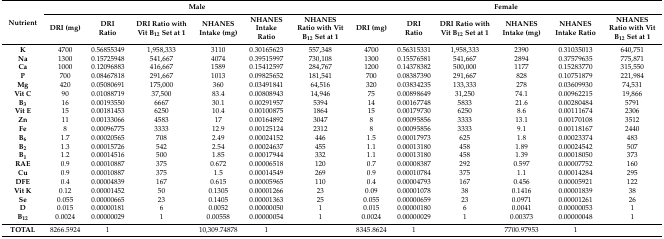
<table><thead><tr><td rowspan="2"><b>Nutrient</b></td><td colspan="6"><b>Male</b></td><td colspan="6"><b>Female</b></td></tr><tr><td><b>DRI (mg)</b></td><td><b>DRI Ratio</b></td><td><b>DRI Ratio with Vit B<sub>12</sub> Set at 1</b></td><td><b>NHANES Intake (mg)</b></td><td><b>NHANES Intake Ratio</b></td><td><b>NHANES Ratio with Vit B<sub>12</sub> Set at 1</b></td><td><b>DRI (mg)</b></td><td><b>DRI Ratio</b></td><td><b>DRI Ratio with Vit B<sub>12</sub> Set at 1</b></td><td><b>NHANES Intake (mg)</b></td><td><b>NHANES Intake Ratio</b></td><td><b>NHANES Ratio with Vit B<sub>12</sub> Set at 1</b></td></tr></thead><tbody><tr><td><b>K</b></td><td>4700</td><td>0.56855349</td><td>1,958,333</td><td>3110</td><td>0.30165623</td><td>557,348</td><td>4700</td><td>0.56315331</td><td>1,958,333</td><td>2390</td><td>0.31035013</td><td>640,751</td></tr><tr><td><b>Na</b></td><td>1300</td><td>0.15725948</td><td>541,667</td><td>4074</td><td>0.39515997</td><td>730,108</td><td>1300</td><td>0.15576581</td><td>541,667</td><td>2894</td><td>0.37579635</td><td>775,871</td></tr><tr><td><b>Ca</b></td><td>1000</td><td>0.12096883</td><td>416,667</td><td>1589</td><td>0.15412597</td><td>284,767</td><td>1200</td><td>0.14378382</td><td>500,000</td><td>1177</td><td>0.15283770</td><td>315,550</td></tr><tr><td><b>P</b></td><td>700</td><td>0.08467818</td><td>291,667</td><td>1013</td><td>0.09825652</td><td>181,541</td><td>700</td><td>0.08387390</td><td>291,667</td><td>828</td><td>0.10751879</td><td>221,984</td></tr><tr><td><b>Mg</b></td><td>420</td><td>0.05080691</td><td>175,000</td><td>360</td><td>0.03491841</td><td>64,516</td><td>320</td><td>0.03834235</td><td>133,333</td><td>278</td><td>0.03609930</td><td>74,531</td></tr><tr><td><b>Vit C</b></td><td>90</td><td>0.01088719</td><td>37,500</td><td>83.4</td><td>0.00808943</td><td>14,946</td><td>75</td><td>0.00898649</td><td>31,250</td><td>74.1</td><td>0.00962215</td><td>19,866</td></tr><tr><td><b>B<sub>3</sub></b></td><td>16</td><td>0.00193550</td><td>6667</td><td>30.1</td><td>0.00291957</td><td>5394</td><td>14</td><td>0.00167748</td><td>5833</td><td>21.6</td><td>0.00280484</td><td>5791</td></tr><tr><td><b>Vit E</b></td><td>15</td><td>0.00181453</td><td>6250</td><td>10.4</td><td>0.00100875</td><td>1864</td><td>15</td><td>0.00179730</td><td>6250</td><td>8.6</td><td>0.00111674</td><td>2306</td></tr><tr><td><b>Zn</b></td><td>11</td><td>0.00133066</td><td>4583</td><td>17</td><td>0.00164892</td><td>3047</td><td>8</td><td>0.00095856</td><td>3333</td><td>13.1</td><td>0.00170108</td><td>3512</td></tr><tr><td><b>Fe</b></td><td>8</td><td>0.00096775</td><td>3333</td><td>12.9</td><td>0.00125124</td><td>2312</td><td>8</td><td>0.00095856</td><td>3333</td><td>9.1</td><td>0.00118167</td><td>2440</td></tr><tr><td><b>B<sub>6</sub></b></td><td>1.7</td><td>0.00020565</td><td>708</td><td>2.49</td><td>0.00024152</td><td>446</td><td>1.5</td><td>0.00017973</td><td>625</td><td>1.8</td><td>0.00023374</td><td>483</td></tr><tr><td><b>B<sub>2</sub></b></td><td>1.3</td><td>0.00015726</td><td>542</td><td>2.54</td><td>0.00024637</td><td>455</td><td>1.1</td><td>0.00013180</td><td>458</td><td>1.89</td><td>0.00024542</td><td>507</td></tr><tr><td><b>B<sub>1</sub></b></td><td>1.2</td><td>0.00014516</td><td>500</td><td>1.85</td><td>0.00017944</td><td>332</td><td>1.1</td><td>0.00013180</td><td>458</td><td>1.39</td><td>0.00018050</td><td>373</td></tr><tr><td><b>RAE</b></td><td>0.9</td><td>0.00010887</td><td>375</td><td>0.672</td><td>0.00006518</td><td>120</td><td>0.7</td><td>0.00008387</td><td>292</td><td>0.597</td><td>0.00007752</td><td>160</td></tr><tr><td><b>Cu</b></td><td>0.9</td><td>0.00010887</td><td>375</td><td>1.5</td><td>0.00014549</td><td>269</td><td>0.9</td><td>0.00010784</td><td>375</td><td>1.1</td><td>0.00014284</td><td>295</td></tr><tr><td><b>DFE</b></td><td>0.4</td><td>0.00004839</td><td>167</td><td>0.615</td><td>0.00005965</td><td>110</td><td>0.4</td><td>0.00004793</td><td>167</td><td>0.456</td><td>0.00005921</td><td>122</td></tr><tr><td><b>Vit K</b></td><td>0.12</td><td>0.00001452</td><td>50</td><td>0.1305</td><td>0.00001266</td><td>23</td><td>0.09</td><td>0.00001078</td><td>38</td><td>0.1416</td><td>0.00001839</td><td>38</td></tr><tr><td><b>Se</b></td><td>0.055</td><td>0.00000665</td><td>23</td><td>0.1405</td><td>0.00001363</td><td>25</td><td>0.055</td><td>0.00000659</td><td>23</td><td>0.0971</td><td>0.00001261</td><td>26</td></tr><tr><td><b>D</b></td><td>0.015</td><td>0.00000181</td><td>6</td><td>0.0052</td><td>0.00000050</td><td>1</td><td>0.015</td><td>0.00000180</td><td>6</td><td>0.0041</td><td>0.00000053</td><td>1</td></tr><tr><td><b>B<sub>12</sub></b></td><td>0.0024</td><td>0.00000029</td><td>1</td><td>0.00558</td><td>0.00000054</td><td>1</td><td>0.0024</td><td>0.00000029</td><td>1</td><td>0.00373</td><td>0.00000048</td><td>1</td></tr><tr><td><b>TOTAL</b></td><td>8266.5924</td><td>1</td><td></td><td>10,309.74878</td><td>1</td><td></td><td>8345.8624</td><td>1</td><td></td><td>7700.97953</td><td>1</td><td></td></tr></tbody></table>